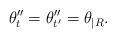
LaTeX: \begin{align*} \theta''_t= \theta''_{t'}= \theta_{|R}.\end{align*}